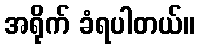
အရိုက် ခံရပါတယ်။